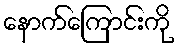
နောက်ကြောင်းကို